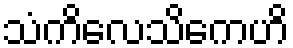
သံကိလေသိကေဟိ